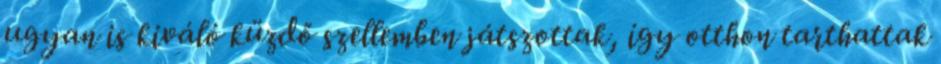
ugyan is kiváló küzdő szellemben játszottak, így otthon tarthattak